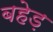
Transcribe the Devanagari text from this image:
बहेड़